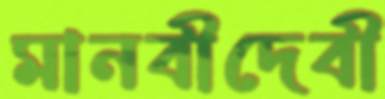
মানবীদেবী